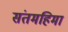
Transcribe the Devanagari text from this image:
संतमहिमा